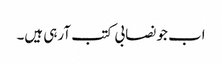
اب جو نصابی کتب آرہی ہیں۔